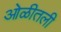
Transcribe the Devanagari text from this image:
ओळीतली